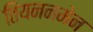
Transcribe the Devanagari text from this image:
तियननमेन